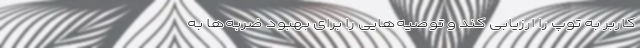
کاربر به توپ را ارزیابی کند و توصیه‌هایی را برای بهبود ضربه‌ها به